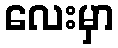
လေးမှာ